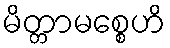
မိတ္တာမစ္စေဟိ